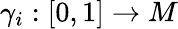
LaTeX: \gamma_{i}:[0,1]\to M